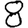
Digit: 8